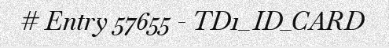
# Entry 57655 - TD1_ID_CARD